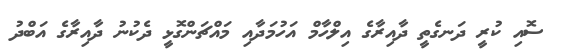
ސޮއި ކުރީ ދަނގެތީ ދާއިރާގެ އިލްހާމް އަހުމަދާއި މައްޗަންގޮޅީ ދެކުނު ދާއިރާގެ އަބްދު